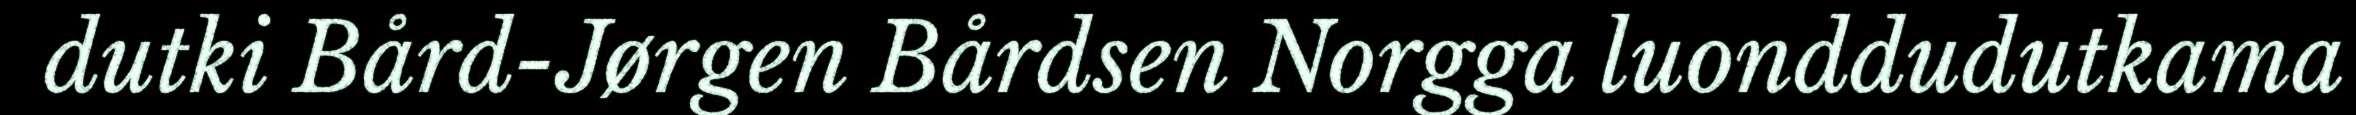
dutki Bård-Jørgen Bårdsen Norgga luonddudutkama